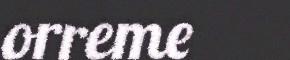
orreme